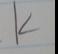
Signature authenticity: forged